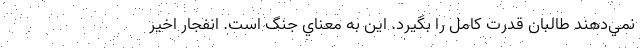
نمي‌دهند طالبان قدرت كامل را بگيرد. اين به معناي جنگ است. انفجار اخير